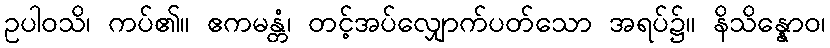
ဥပါဝသိ၊ ကပ်၏။ ဧကမန္တံ၊ တင့်အပ်လျှောက်ပတ်သော အရပ်၌။ နိသိန္နောဝ၊